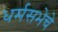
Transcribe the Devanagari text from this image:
धर्मसभेचे